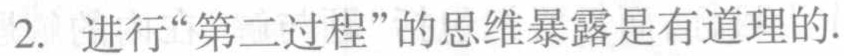
2. 进行“第二过程”的思维暴露是有道理的.